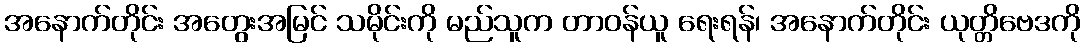
အနောက်တိုင်း အတွေးအမြင် သမိုင်းကို မည်သူက တာဝန်ယူ ရေးရန်၊ အနောက်တိုင်း ယုတ္တိဗေဒကို